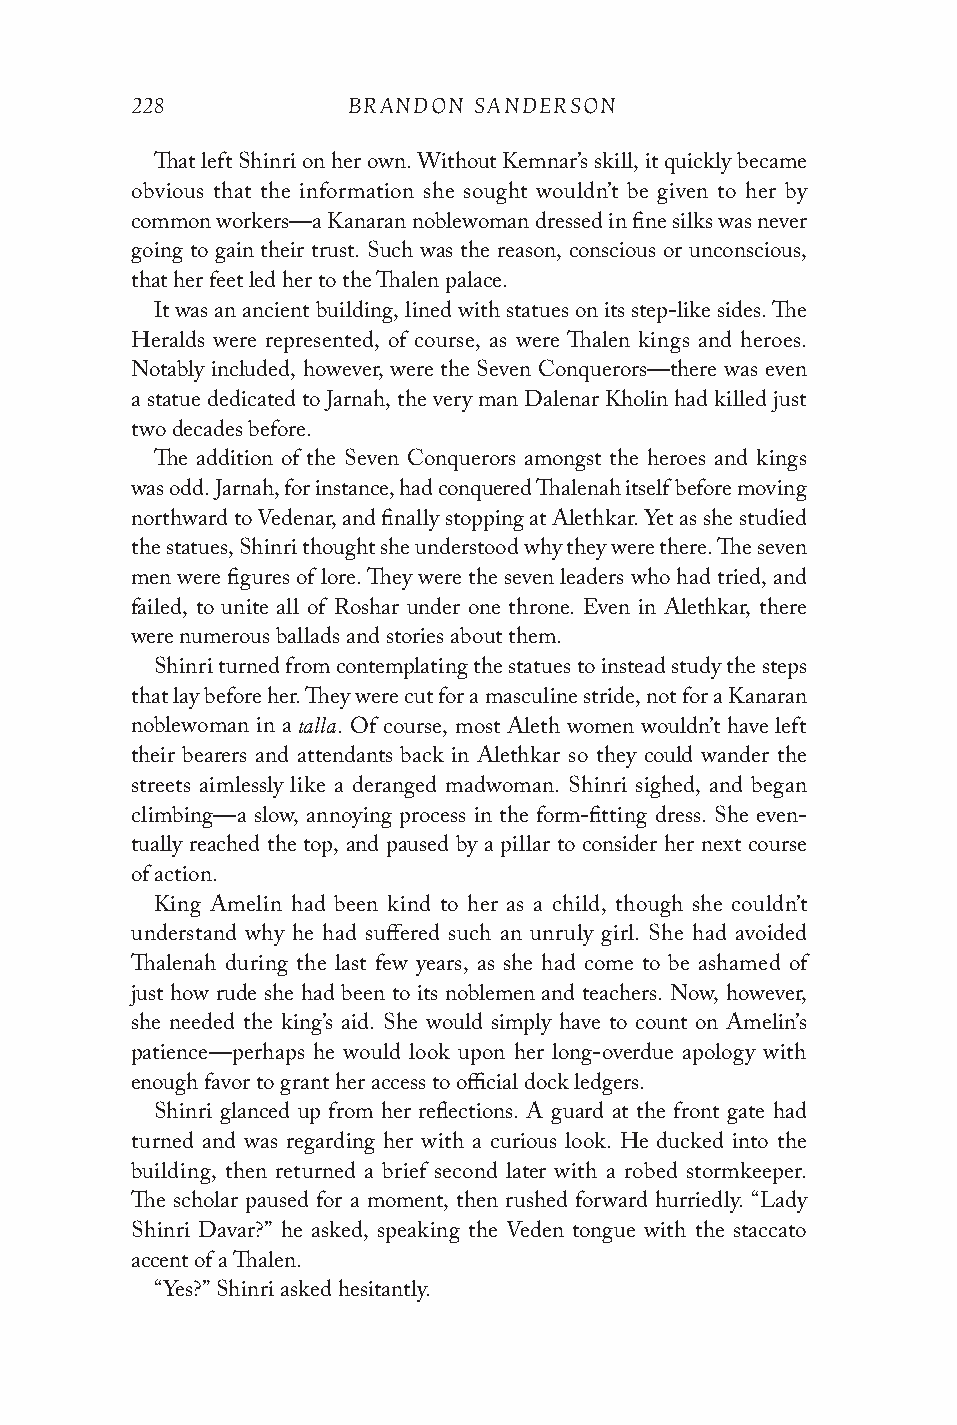
228           BRANDON SANDERSON
 That left Shinri on her own. Without Kemnar’s skill, it quickly became
 obvious that the information she sought wouldn’t be given to her by
 common workers—a Kanaran noblewoman dressed in fine silks was never
 going to gain their trust. Such was the reason, conscious or unconscious,
 that her feet led her to the Thalen palace.
 It was an ancient building, lined with statues on its step-like sides. The
 Heralds were represented, of course, as were Thalen kings and heroes.
 Notably included, however, were the Seven Conquerors—there was even
 a statue dedicated to Jarnah, the very man Dalenar Kholin had killed just
 two decades before.
 The addition of the Seven Conquerors amongst the heroes and kings
 was odd. Jarnah, for instance, had conquered Thalenah itself before moving
 northward to Vedenar, and finally stopping at Alethkar. Yet as she studied
 the statues, Shinri thought she understood why they were there. The seven
 men were figures of lore. They were the seven leaders who had tried, and
 failed, to unite all of Roshar under one throne. Even in Alethkar, there
 were numerous ballads and stories about them.
 Shinri turned from contemplating the statues to instead study the steps
 that lay before her. They were cut for a masculine stride, not for a Kanaran
 talla
 noblewoman in a . Of course, most Aleth women wouldn’t have left
 their bearers and attendants back in Alethkar so they could wander the
 streets aimlessly like a deranged madwoman. Shinri sighed, and began
 climbing—a slow, annoying process in the form-fitting dress. She even-
 tually reached the top, and paused by a pillar to consider her next course
 of action.
 King Amelin had been kind to her as a child, though she couldn’t
 understand why he had suffered such an unruly girl. She had avoided
 Thalenah during the last few years, as she had come to be ashamed of
 just how rude she had been to its noblemen and teachers. Now, however,
 she needed the king’s aid. She would simply have to count on Amelin’s
 patience—perhaps he would look upon her long-overdue apology with
 enough favor to grant her access to official dock ledgers.
 Shinri glanced up from her reflections. A guard at the front gate had
 turned and was regarding her with a curious look. He ducked into the
 building, then returned a brief second later with a robed stormkeeper.
 The scholar paused for a moment, then rushed forward hurriedly. “Lady
 Shinri Davar?” he asked, speaking the Veden tongue with the staccato
 accent of a Thalen.
 “Yes?” Shinri asked hesitantly.